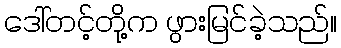
ဒေါ်တင့်တို့က ဖွားမြင်ခဲ့သည်။